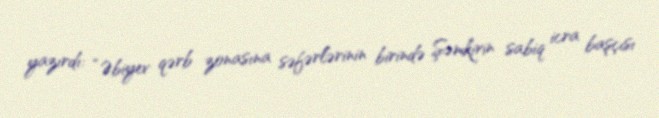
yazırdı: “Əbiyev qərb zonasına səfərlərinin birində Şəmkirin sabiq icra başçısı